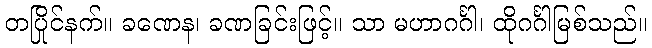
တပြိုင်နက်။ ခဏေန၊ ခဏခြင်းဖြင့်။ သာ မဟာဂင်္ဂါ၊ ထိုဂင်္ဂါမြစ်သည်။